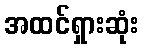
အထင်ရှားဆုံး